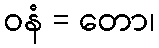
ဝနံ = တော၊